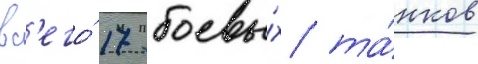
вс'его́ 17 боевы́х та́нков